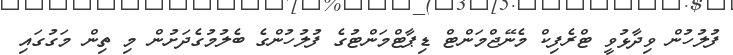
ފުލުހުން ވިދާޅުވީ ޓްރެފިކް މެނޭޖްމަންޓް ޑިޕާޓްމަންޓުގެ ފުލުހުންގެ ބެލުމުގެދަށުން މި ތިން މަގުގައި